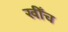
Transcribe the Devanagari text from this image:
खीँच